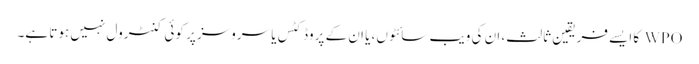
WPO کا ایسے فریقین ثالث، ان کی ویب سائٹوں، یا ان کے پروڈکٹس یا سروسز پر کوئی کنٹرول نہیں ہوتا ہے۔